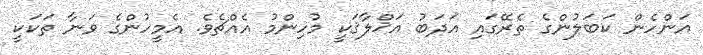
އަންހެން ކަބަލުންގެ ތެރޭގައި އަދަބު އަޚްލާޤަކީ މުހިންމު އެއްޗެވެ. އެމީހުންގެ ވަނާ ތަކަކީ